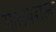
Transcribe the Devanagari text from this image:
मालवराज्य